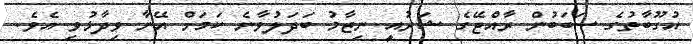
އުގޫބާތުގެ ސަބަބުން ރާއްޖޭގެ ޝަރުއީ ނިޒާމު ބަދަލުވާނެ ކަމަށް އޭނާ ވިދާޅުވި އެވެ.